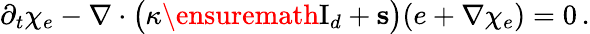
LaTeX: \partial_{t}\chi_{e}-\nabla\cdot\bigl(\kappa\ensuremath{\mathrm{I}_{d}}+\mathbf{s}\bigr)(e+\nabla\chi_{e})=0\, .